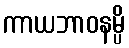
ကာယဘာဝနမ္ပိ